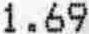
1.69